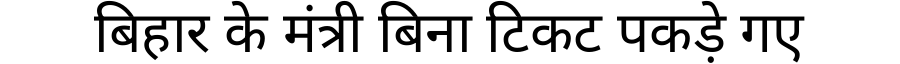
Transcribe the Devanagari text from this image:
बिहार के मंत्री बिना टिकट पकड़े गए